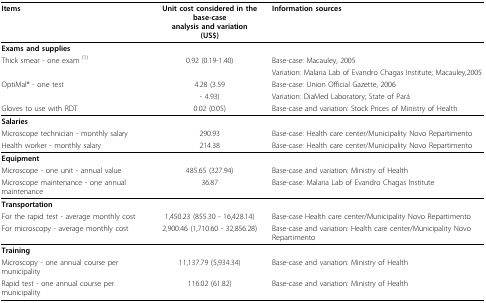
| Items | Unit cost considered in the base-caseanalysis and variation(US$) | Information sources |
 | --- | --- | --- |
 | Exams and supplies |  |  |
 | Thick smear - one exam (1) | 0.92 (0.19-1.40) | Base-case: Macauley, 2005 |
 |  |  | Variation: Malaria Lab of Evandro Chagas Institute; Macauley,2005 |
 | OptiMal® - one test | 4.28 (3.59 | Base-case: Union Official Gazette, 2006 |
 |  | - 4.93) | Variation: DiaMed Laboratory; State of Pará |
 | Gloves to use with RDT | 0.02 (0.05) | Base-case and variation: Stock Prices of Ministry of Health |
 | Salaries |  |  |
 | Microscope technician - monthly salary | 290.93 | Base-case: Health care center/Municipality Novo Repartimento |
 | Health worker - monthly salary | 214.38 | Base-case: Health care center/Municipality Novo Repartimento |
 | Equipment |  |  |
 | Microscope - one unit - annual value | 485.65 (327.94) | Base-case and variation: Ministry of Health |
 | Microscope maintenance - one annual maintenance | 36.87 | Base-case: Malaria Lab of Evandro Chagas Institute |
 | Transportation |  |  |
 | For the rapid test - average monthly cost | 1,450.23 (855.30 - 16,428.14) | Base-case Health care center/Municipality Novo Repartimento |
 | For microscopy - average monthly cost | 2,900.46 (1,710.60 - 32,856.28) | Base-case and variation: Health care center/Municipality Novo Repartimento |
 | Training |  |  |
 | Microscopy - one annual course per municipality | 11,137.79 (5,934.34) | Base-case and variation: Ministry of Health |
 | Rapid test - one annual course per municipality | 116.02 (61.82) | Base-case and variation: Ministry of Health |